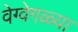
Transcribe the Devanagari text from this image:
वेग्वेगळ्या